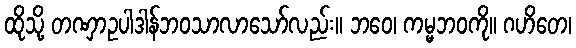
ထိုသို့ တဏှာဥပါဒါန်ဘဝသာလာသော်လည်း။ ဘဝေ၊ ကမ္မဘဝကို။ ဂဟိတေ၊